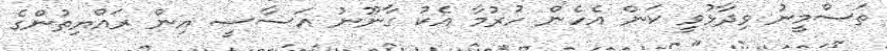
ތަސްމީނު ވިދާޅުވީ ކަން އެހެން ހުރުމާ އެކު ގާނޫނު އަސާސީ އިން ރައްޔިތުންގެ